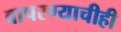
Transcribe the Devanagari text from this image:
वापरण्याचीही